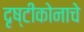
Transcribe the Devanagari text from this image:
दृष्टीकोनाचे